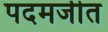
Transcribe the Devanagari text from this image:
पदमजीत